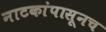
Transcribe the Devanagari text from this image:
नाटकांपासूनच